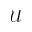
\scriptscriptstyle \mathcal { U }